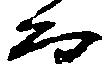
而